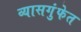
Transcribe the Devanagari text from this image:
व्यासगुंफेत